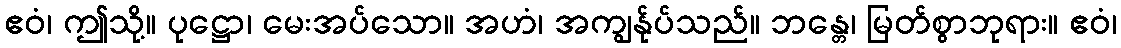
ဧဝံ၊ ဤသို့။ ပုဋ္ဌော၊ မေးအပ်သော။ အဟံ၊ အကျွန်ုပ်သည်။ ဘန္တေ၊ မြတ်စွာဘုရား။ ဧဝံ၊